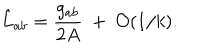
LaTeX: \hat { L } _ { a b } = { \frac { g _ { a b } } { 2 A } } ~ + ~ { \cal O } ( 1 / k ) .